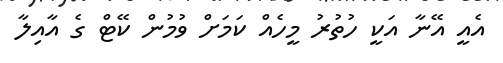
އެއީ އޭނާ އަކީ ހުތުރު މީހެއް ކަމަށް ވުމުން ކޭޓް ގެ އާއިލާ